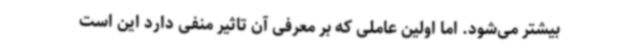
بیشتر می‌شود. اما اولین عاملی که بر معرفی آن تاثیر منفی دارد این است